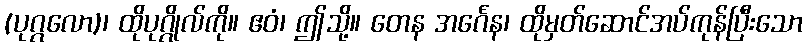
(ပုဂ္ဂလော)၊ ထိုပုဂ္ဂိုလ်ကို။ ဧဝံ၊ ဤသို့။ တေန အင်္ဂေန၊ ထိုမှတ်ဆောင်အပ်ကုန်ပြီးသော